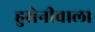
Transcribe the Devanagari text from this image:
हुसेनीवाला